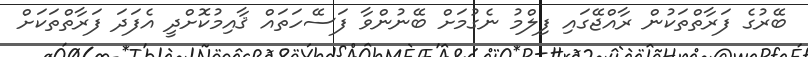
ބޭރުގެ ފަރާތްތަކުން ރާއްޖޭގައި ފިލްމު ނެގުމަށް ބޭނުންވާ ފަސޭހަތައް ޤާއިމުކޮށްދީ އެފަދަ ފަރާތްތަކަށް